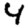
Digit: 4